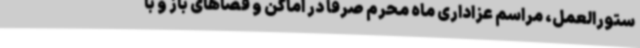
ستورالعمل، مراسم عزاداری ماه محرم صرفا در اماکن و فضاهای باز و با